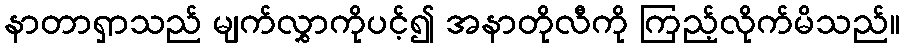
နာတာရှာသည် မျက်လွှာကိုပင့်၍ အနာတိုလီကို ကြည့်လိုက်မိသည်။